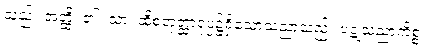
သည်။ အတ္ထိ၊ ၏။ သာ၊ ထိုစတုတ္ထာရုပ္ပ၌ရှိသောသညာသည်။ ပဋုသညာကိစ္စံ၊